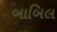
બાબિલ